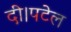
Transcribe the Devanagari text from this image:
दी।पटेल